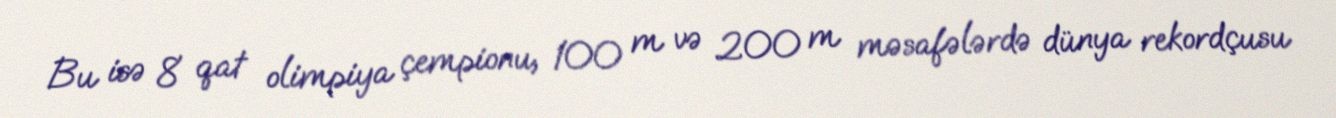
Bu isə 8 qat olimpiya çempionu, 100 m və 200 m məsafələrdə dünya rekordçusu